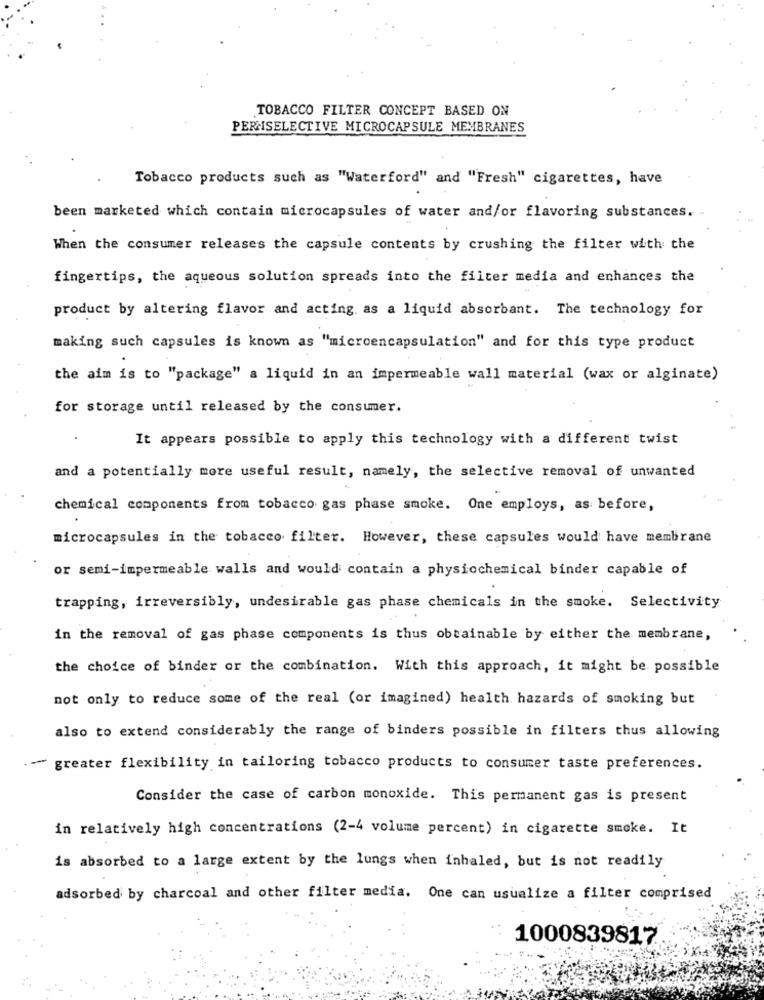
TOBACCO FILTER CONCEPT BASED ON
PERNSELECTIVE MICROCAPSULE MEMBRANES
Tobacco products such as "Waterford" and "Fresh" cigarettes, have
been marketed which contain microcapsules of water and/or flavoring substances.
When the consumer releases the capsule contents by crushing the filter with the
fingertips, the aqueous solution spreads into the filter media and enhances the
product by altering flavor and acting as a liquid absorbant. The technology for
making such capsules is known as "microencapsulation" and for this type product
the aim is to "package" a liquid in an impermeable wall material (wax or alginate)
for storage until released by the consumer.
It appears possible to apply this technology with a different twist
and a potentially more useful result, namely, the selective removal of unwanted
chemical components from tobacco gas phase smoke. One employs, as before,
microcapsules in the tobacco filter. However, these capsules would have membrane
or semi-impermeable walls and would contain a physiochemical binder capable of
trapping, irreversibly, undesirable gas phase chemicals in the smoke. Selectivity
in the removal of gas phase components is thus obtainable by either the membrane,
the choice of binder or the combination. With this approach, it might be possible
not only to reduce some of the real (or imagined) health hazards of smoking but
also to extend considerably the range of binders possible in filters thus allowing
~ greater flexibility in tailoring tobacco products to consumer taste preferences.
Consider the case of carbon monoxide. This permanent gas is present
in relatively high concentrations (2-4 volume percent) in cigarette smoke. It
is absorbed to a large extent by the lungs when inhaled, but is not readily
adsorbed by charcoal and other filter media. One can usualize a filter comprised
1000839817